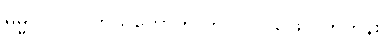
ဓမ္မဂုတ်။ ။ ကိုယ်တော်က ဘယ်လို ဖြေလိုက်တုန်း။